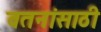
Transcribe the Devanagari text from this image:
वतनांसाठी